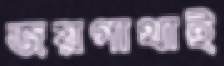
জয়গাথাই